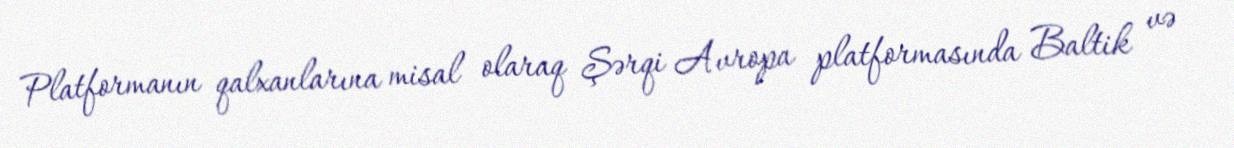
Platformanın qalxanlarına misal olaraq Şərqi Avropa platformasında Baltik və